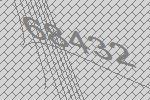
68432